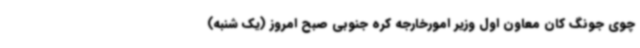
چوی جونگ کان معاون اول وزیر امورخارجه کره جنوبی صبح امروز (یک شنبه)